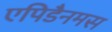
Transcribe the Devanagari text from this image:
एपिडैनमस